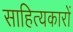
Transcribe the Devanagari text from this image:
साहित्‍यकारों